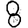
Digit: 8